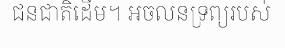
ជនជាតិដើម។ អចលនទ្រព្យរបស់